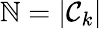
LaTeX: \mathbb{N}=|\mathcal{{C}}_{k}|